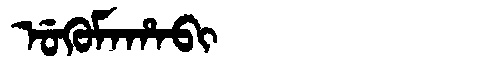
Manchu: ᡠᡴᡠᠮᠠᡥᠠᠪᡳ
Romanization: UKUMAHABI